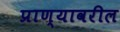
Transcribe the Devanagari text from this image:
प्राण्यावरील